Civil Veterinary Dept. Bombay admin report 1914-1922 - 1914-1922
Year: 1914
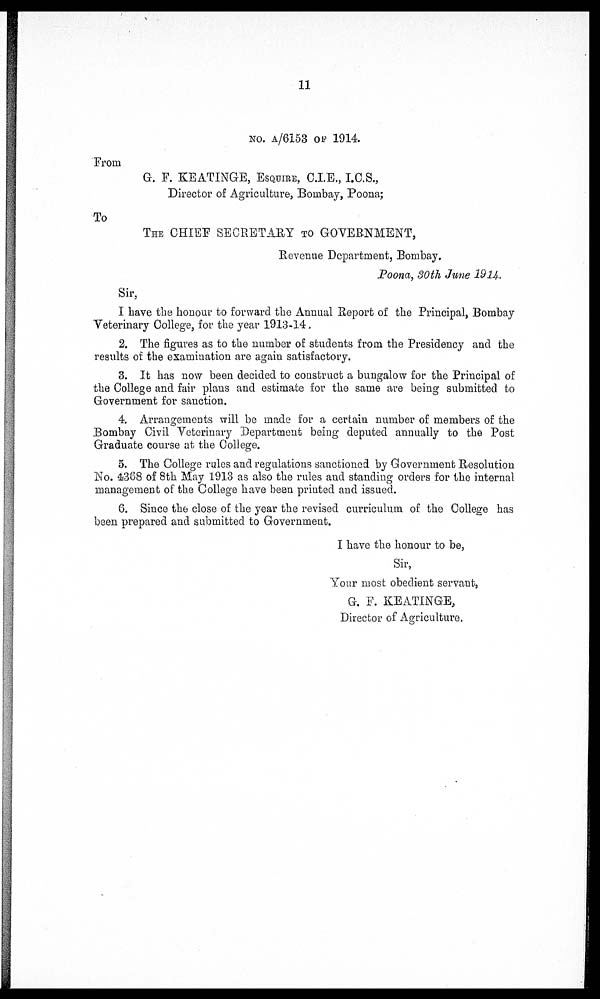
NO. A/6153 OF 1914
From
G. F. KEATINGE, ESQUIRE, C.I.E., I.C.S.,
Director of Agriculture, Bombay, Poona;
To
THE CHIEF SECRETARY TO GOVERNMENT,
Revenue Department, Bombay.
Poona, 30th June 1914.
Sir,
I have the honour to forward the Annual Report of the Principal, Bombay
Veterinary College, for the year 1913-14.
2. The figures as to the number of students from the Presidency and the
results of the examination are again satisfactory.
3. It has now been decided to construct a bungalow for the Principal of
the College and fair plans and estimate for the same are being submitted to
Government for sanction.
4. Arrangements will be made for a certain number of members of the
Bombay Civil Veterinary Department being deputed annually to the Post
Graduate course at the College.
5. The College rules and regulations sanctioned by Government Resolution
No. 4368 of 8th May 1913 as also the rules and standing orders for the internal
management of the College have been printed and issued.
6. Since the close of the year the revised curriculum of the College has
been prepared and submitted to Government.
I have the honour to be,
Sir,
Your most obedient servant,
G. F. KEATINGE,
Director of Agriculture.